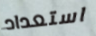
استعداد